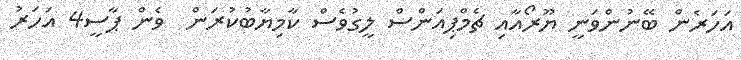
އަހަރެން ބޭނުންވަނީ ޔޫރޯއާއި ޗެމްޕިއަންސް ލީގުވެސް ކާމިޔާބުކުރަން  ވެން ޕާސީ4 އަހަރު